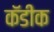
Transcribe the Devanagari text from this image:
कॅडीक